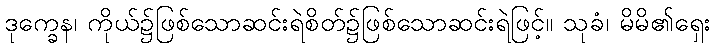
ဒုက္ခေန၊ ကိုယ်၌ဖြစ်သောဆင်းရဲစိတ်၌ဖြစ်သောဆင်းရဲဖြင့်။ သုခံ၊ မိမိ၏ရှေး